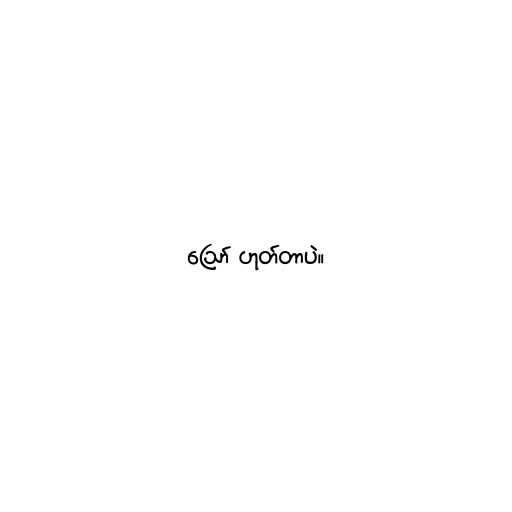
ဪ ဟုတ်တာပဲ။